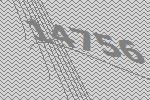
14756